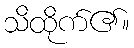
သိထိုက်၏။